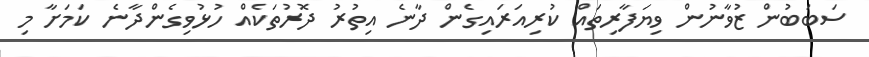
ސަބަބުން ޒުވާނުން ވިޔަފާރިތައް ކުރިއަރައިގެން ދާނެ އިތުރު ދޮރުތަކެއް ހުޅުވިގެންދާނެ ކަމަށާ މި